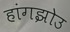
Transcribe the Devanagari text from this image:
हांगझोउ